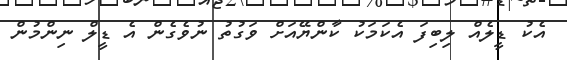
އެކު ޑީލެއް ލިބިފަ އެކަމަކު ކާންޔޭއަށް ވަގުތު ނުވެގެން އެ ޑީލް ނިންމުން